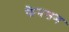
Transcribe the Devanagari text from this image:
फेनसम